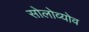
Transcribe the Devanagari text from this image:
सोलोव्योव